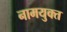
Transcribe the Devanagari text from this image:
नामयुक्त